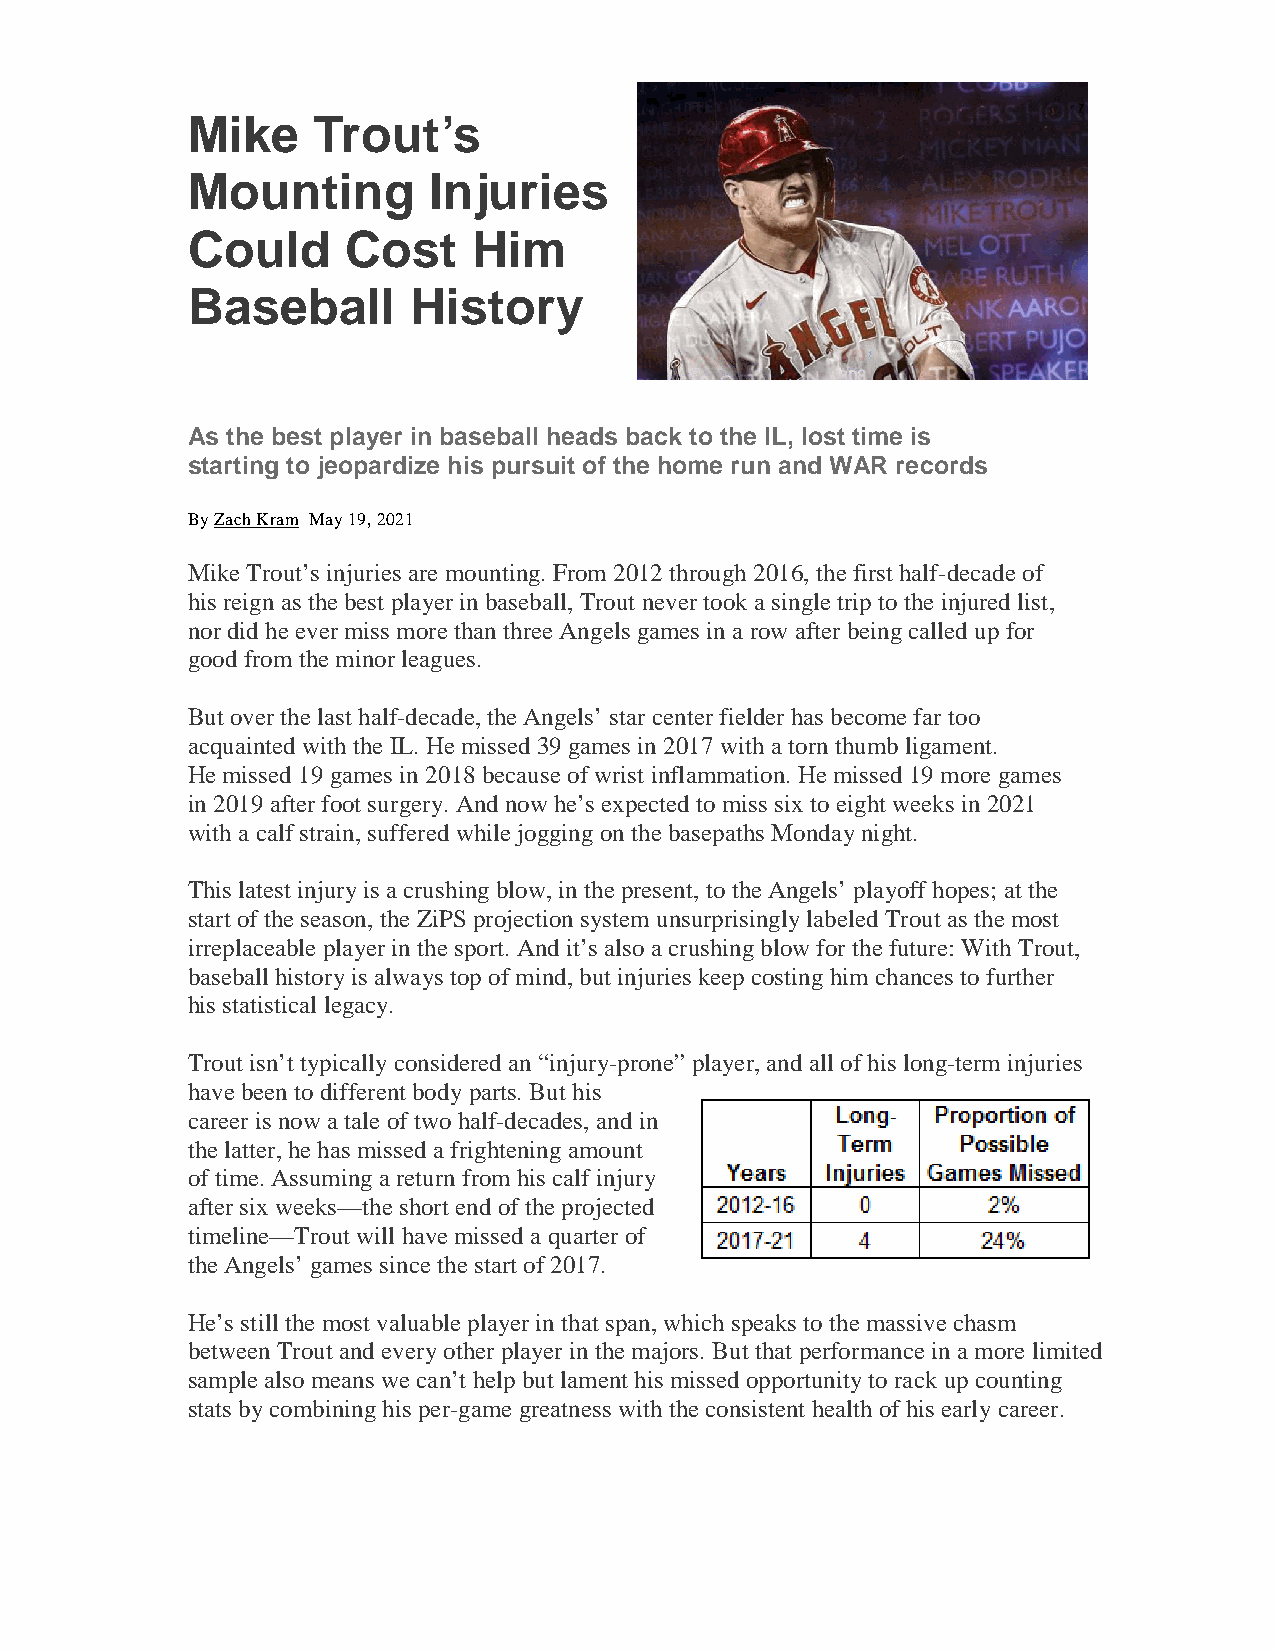
Mike     Trout’s
 Mounting        Injuries
 Could      Cost    Him
 Baseball       History
 As the best player in baseball heads back to the IL, lost time is
 starting to jeopardize his pursuit of the home run and WAR records
 ByZachKram May19,2021
 MikeTrout’s injuries are mounting.From 2012through2016,thefirst half-decadeof
 his reign as thebest playerinbaseball,Trout nevertookasingletriptothe injuredlist,
 nordidheevermiss morethanthree Angels games inarowafterbeingcalledupfor
 goodfrom theminorleagues.
 But overthelast half-decade,theAngels’starcenterfielderhas becomefar too
 acquaintedwiththe IL. Hemissed39games in2017withatornthumbligament.
 Hemissed19games in2018becauseofwrist inflammation.Hemissed19moregames
 in2019afterfoot surgery.Andnowhe’s expected tomiss six toeight weeks in2021
 withacalfstrain,sufferedwhilejoggingonthebasepaths Mondaynight.
 This latest injuryis acrushingblow,inthepresent,totheAngels’playoff hopes; at the
 start oftheseason, the ZiPS projectionsystem unsurprisinglylabeledTrout as themost
 irreplaceableplayerinthesport.Andit’s also acrushingblowforthefuture: WithTrout,
 baseball historyis always topofmind,but injuries keepcostinghim chances tofurther
 his statistical legacy.
 Trout isn’t typicallyconsideredan “injury-prone” player,and all ofhis long-term injuries
 havebeentodifferent bodyparts. But his
 careeris nowataleoftwohalf-decades, andin
 thelatter,hehas missed afrighteningamount
 oftime.Assumingareturnfrom his calfinjury
 aftersix weeks—theshort endoftheprojected
 timeline—Trout will havemissedaquarterof
 theAngels’ games since thestart of2017.
 He’s still themost valuableplayerinthat span,whichspeaks tothemassive chasm
 betweenTrout andeveryotherplayerinthemajors. But that performanceinamorelimited
 samplealso means we can’t helpbut lament his missedopportunitytorack upcounting
 stats bycombininghis per-game greatness withtheconsistent healthofhis earlycareer.